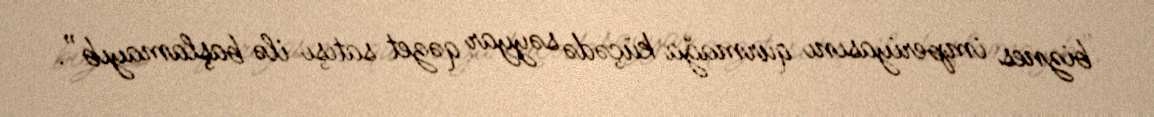
biznes imperiyasını qurmağa küçədə səyyar qəzet satışı ilə başlamayıb”.